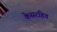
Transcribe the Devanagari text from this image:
केसरहित